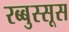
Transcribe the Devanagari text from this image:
रब्बुस्सूस